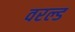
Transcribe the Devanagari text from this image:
वरल्ड